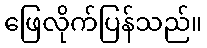
ဖြေလိုက်ပြန်သည်။